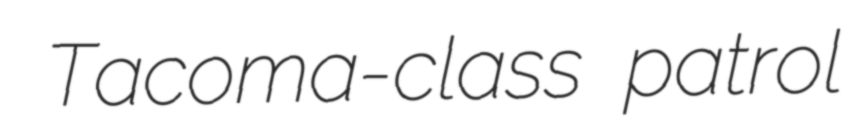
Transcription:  Tacoma-class patrol